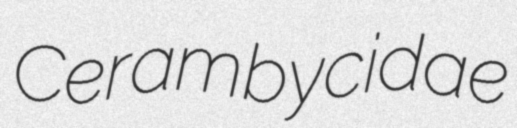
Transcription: Cerambycidae